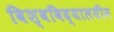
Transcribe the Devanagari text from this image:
विश्वविद्यालयीन